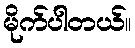
မိုက်ပါတယ်။